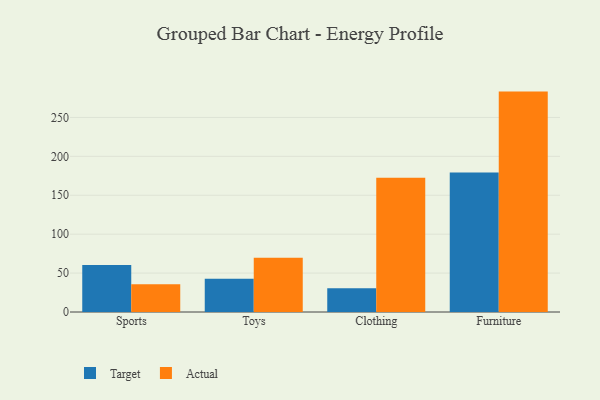
{"axis": {"x": "Category", "y": "Net Income (USD K)"}, "legend": ["Actual", "Target"], "data": [{"x": "Sports", "y": 60.4, "type": "Target"}, {"x": "Sports", "y": 35.5, "type": "Actual"}, {"x": "Toys", "y": 42.6, "type": "Target"}, {"x": "Toys", "y": 69.8, "type": "Actual"}, {"x": "Clothing", "y": 30.5, "type": "Target"}, {"x": "Clothing", "y": 172.4, "type": "Actual"}, {"x": "Furniture", "y": 179.2, "type": "Target"}, {"x": "Furniture", "y": 283.2, "type": "Actual"}]}